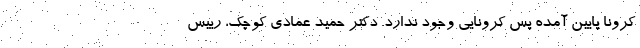
کرونا پایین آمده پس کرونایی وجود ندارد. دکتر حمید عمادی کوچک، رییس